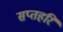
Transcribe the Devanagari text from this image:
सप्तहरि